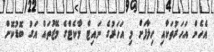
އެހެން އަހަރުތަކާއި ހިލާފަށް މި އަހަރުގެ ނައިޓް މާކެޓްގެ މޭޒުތައް އަގު ބޮޑުކޮށް